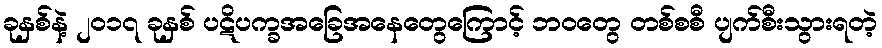
ခုနှစ်နဲ့ ၂၀၁၇ ခုနှစ် ပဋိပက္ခအခြေအနေတွေကြောင့် ဘဝတွေ တစ်စစီ ပျက်စီးသွားရတဲ့